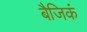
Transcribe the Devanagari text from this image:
बैजिकं